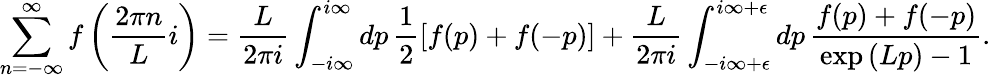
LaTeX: \displaystyle\sum_{n=-\infty}^{\infty}f\left(\frac{2\pi n}{L}i\right)=\frac{L}{2\pi i}\int_{-i\infty}^{i\infty}dp\, \frac{1}{2}\left[f(p)+f(-p)\right]+\frac{L}{2\pi i}\int_{-i\infty+\epsilon}^{i\infty+\epsilon}dp\, \frac{f(p)+f(-p)}{\exp{(Lp)}-1}.